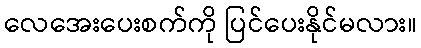
လေအေးပေးစက်ကို ပြင်ပေးနိုင်မလား။